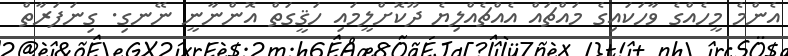
އެންމެ މީހެއްގެ ވާހަކައިގެ މައްޗައް އެއްޗެއްލިޔެ ދޫކޮށްލީމައި ހަޤީގަތް އޮންނާނީ ނޭނގި. ގިނަފަރާތް